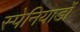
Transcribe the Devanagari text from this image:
स्पेनियार्डों